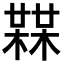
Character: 𣚨